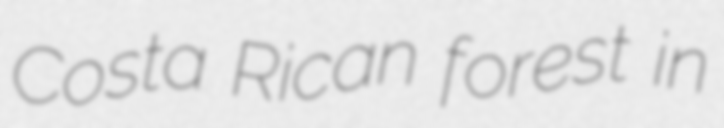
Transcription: Costa Rican forest in